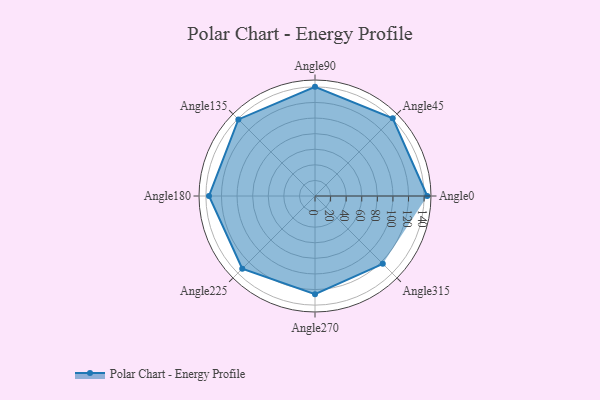
{"axis": {"x": "Angle", "y": "Radius"}, "legend": [""], "data": [{"x": "Angle0", "y": 144.0, "type": ""}, {"x": "Angle45", "y": 141.0, "type": ""}, {"x": "Angle90", "y": 140.0, "type": ""}, {"x": "Angle135", "y": 139.0, "type": ""}, {"x": "Angle180", "y": 136.0, "type": ""}, {"x": "Angle225", "y": 132.0, "type": ""}, {"x": "Angle270", "y": 126.0, "type": ""}, {"x": "Angle315", "y": 123.0, "type": ""}]}